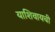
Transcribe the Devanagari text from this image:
याशिवायची